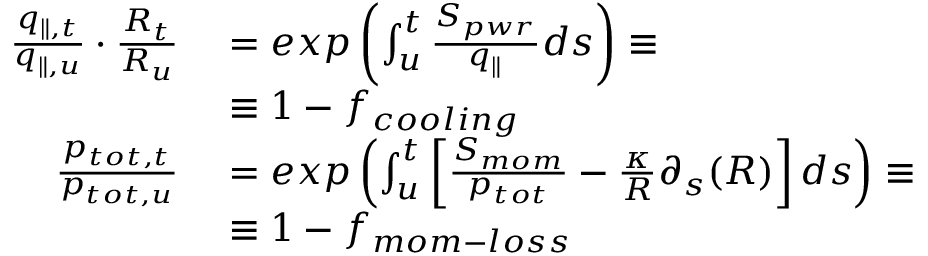
\begin{array} { r l } { \frac { q _ { \parallel , t } } { q _ { \parallel , u } } \cdot \frac { R _ { t } } { R _ { u } } } & { { } = e x p \left( \int _ { u } ^ { t } \frac { S _ { p w r } } { q _ { \parallel } } d s \right) \equiv } \\ { ~ } & { { } \equiv 1 - f _ { c o o l i n g } } \\ { \frac { p _ { t o t , t } } { p _ { t o t , u } } } & { { } = e x p \left( \int _ { u } ^ { t } \left[ \frac { S _ { m o m } } { p _ { t o t } } - \frac { \kappa } { R } \partial _ { s } ( R ) \right] d s \right) \equiv } \\ { ~ } & { { } \equiv 1 - f _ { m o m - l o s s } } \end{array}